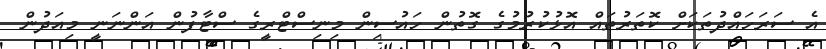
އެ ސަރަހައްދުތަކަށް ކޮތަރުތައް އޮޅުކުރުމުގެ ގޮތުން ހައުސިން މިނިސްޓްރީގެ ސްޓާފުން އަންނަނީ މިއަދުން